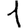
Digit: 1